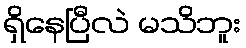
ရှိနေပြီလဲ မသိဘူး